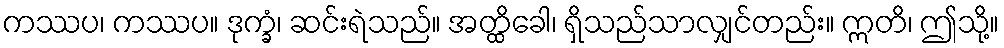
ကဿပ၊ ကဿပ။ ဒုက္ခံ၊ ဆင်းရဲသည်။ အတ္ထိခေါ၊ ရှိသည်သာလျှင်တည်း။ ဣတိ၊ ဤသို့။